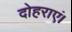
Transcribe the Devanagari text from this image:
दोहराएं।